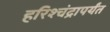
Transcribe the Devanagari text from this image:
हरिश्चंद्रापर्यंत